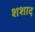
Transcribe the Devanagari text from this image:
शशाद